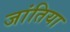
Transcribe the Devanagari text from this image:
जांतिया